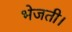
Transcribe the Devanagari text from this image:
भेजती।